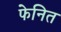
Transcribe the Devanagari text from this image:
फेनित